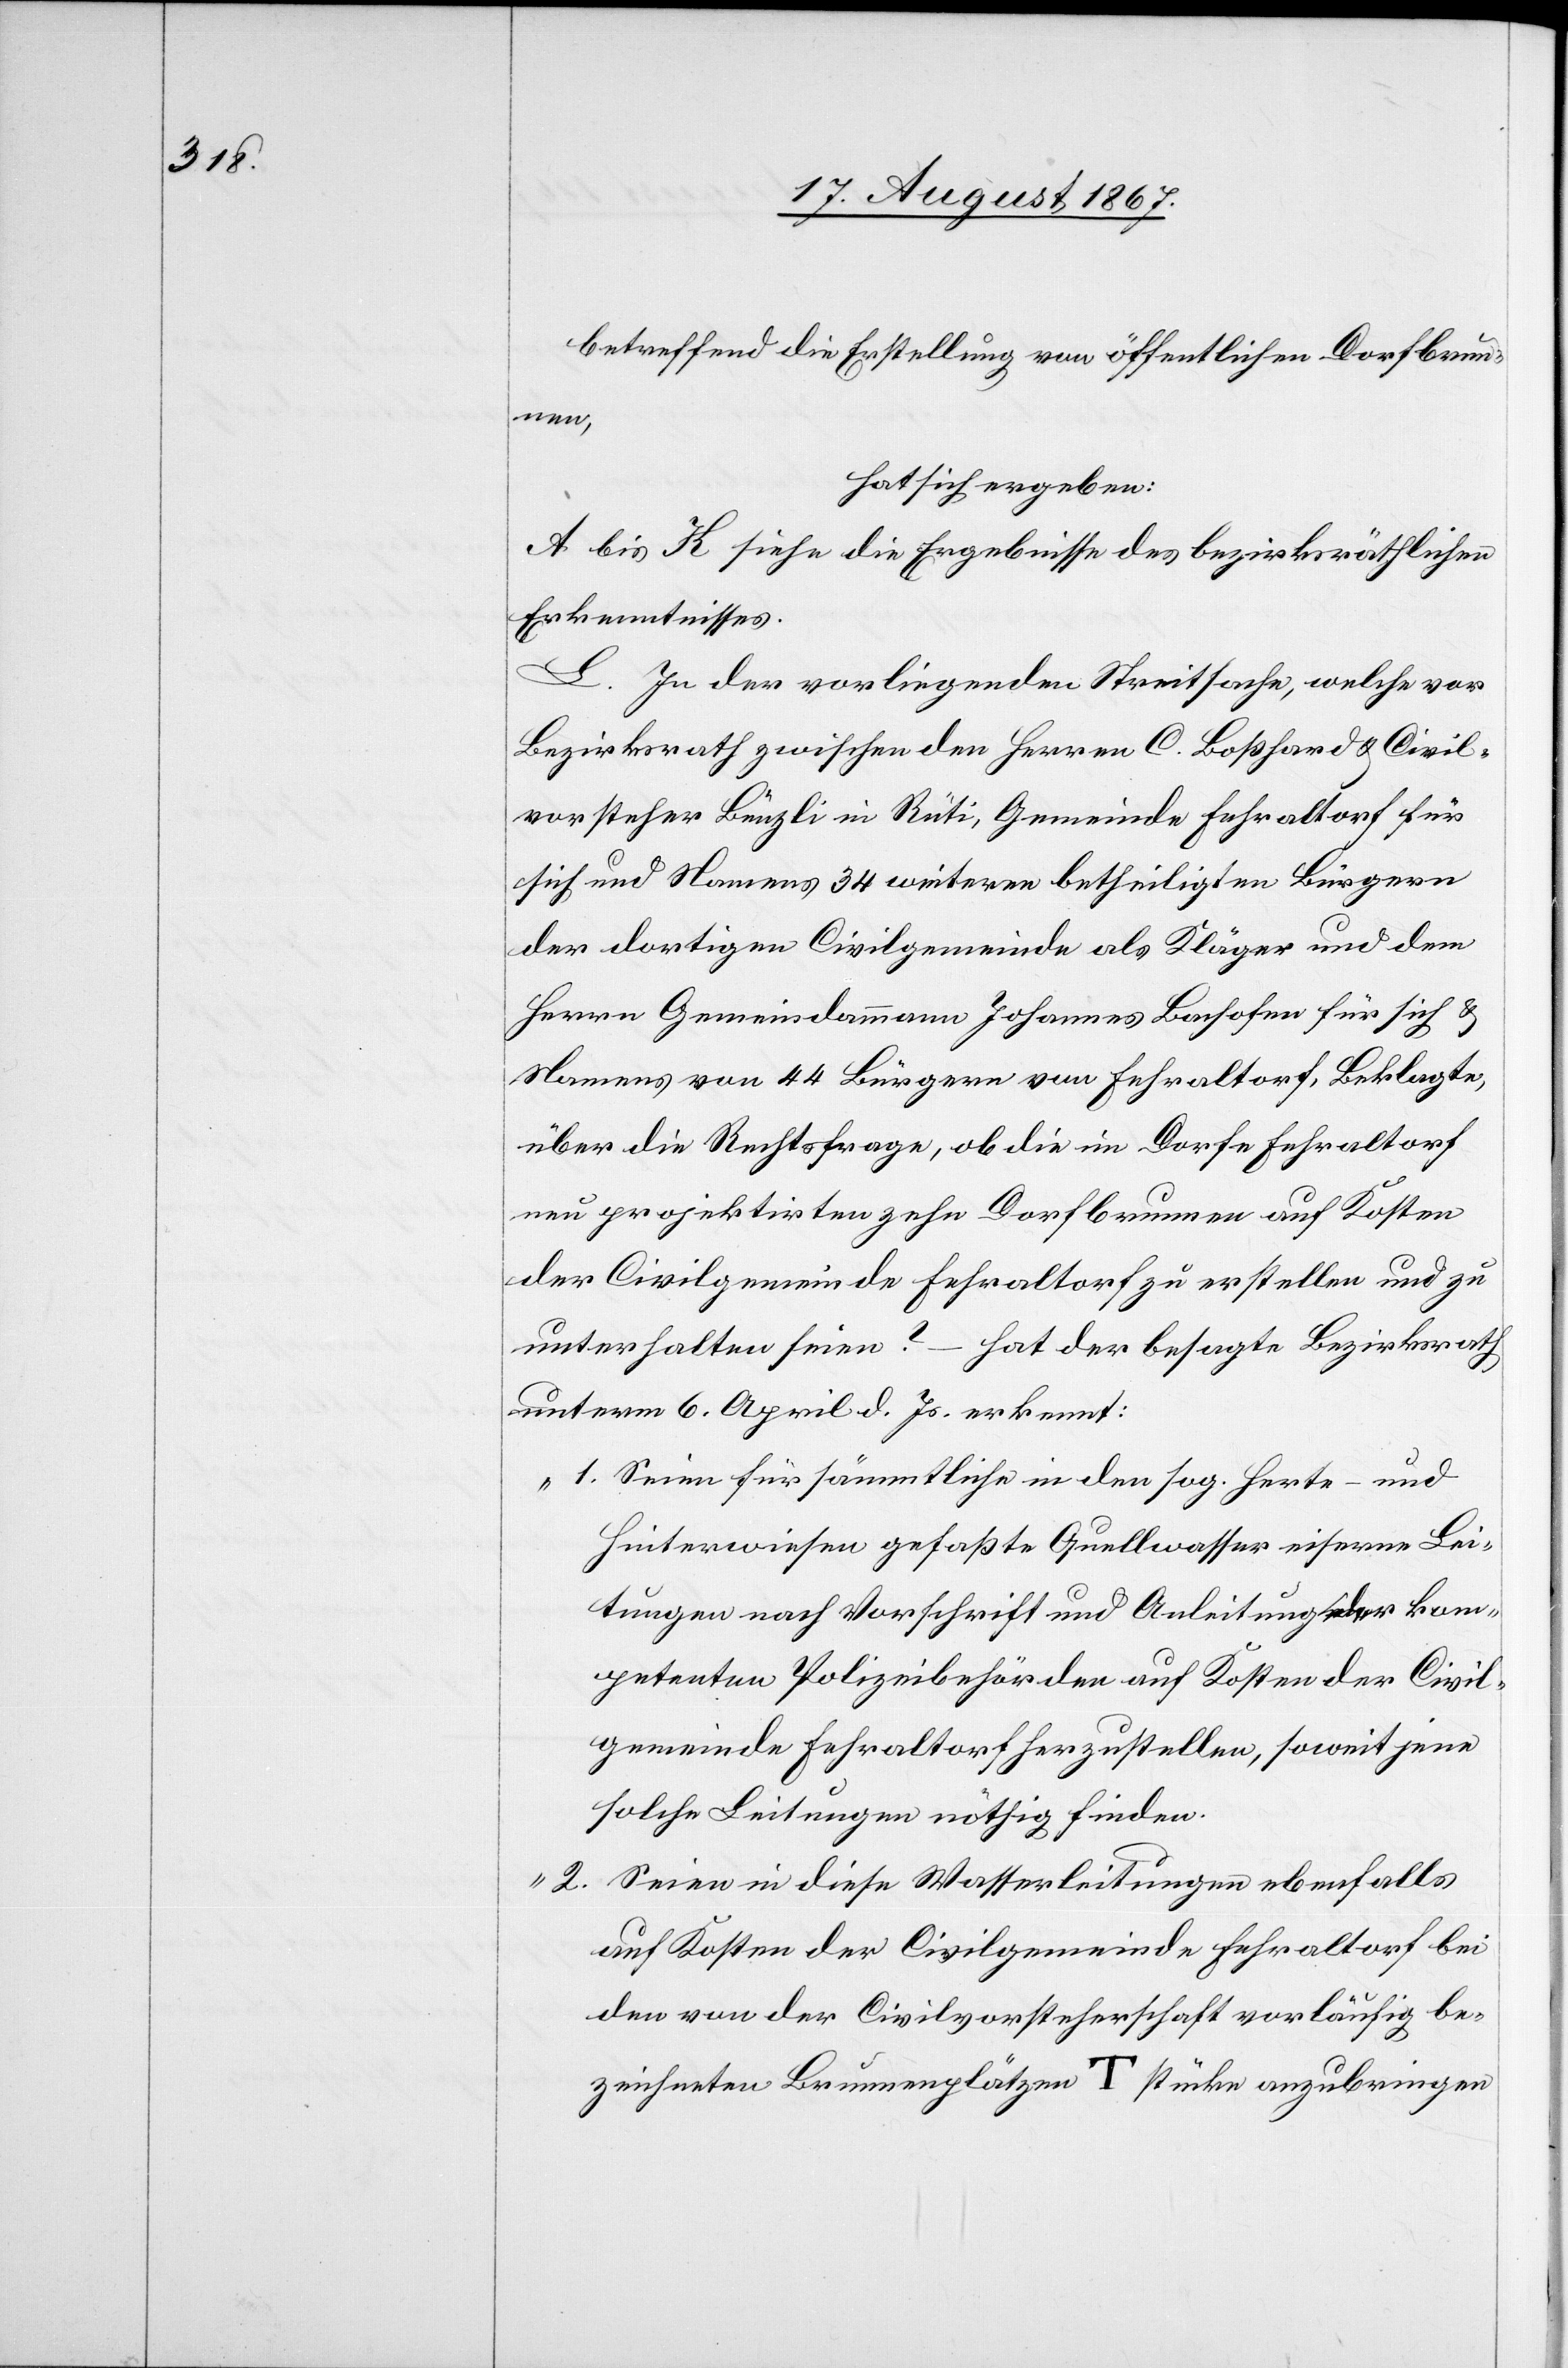
betreffend die Erstellung von öffentlichen Dorfbrun¬
nen,
hat sich ergeben:
A bis K siehe die Ergebnisse des bezirksräthlichen
Erkenntnisses.
L. In der vorliegenden Streitsache, welche vor
Bezirksrath zwischen den Herren C. Boßhard u. Civil¬
vorsteher Bünzli in Rüti, Gemeinde Fehraltorf für
sich und Namens 34 weiteren betheiligten Bürgern
der dortigen Civilgemeinde als Kläger und dem
Herrn Gemeindammann Johannes Bachofer für sich u.
Namens von 44 Bürgern von Fehraltorf, Beklagte,
über die Rechtsfrage, ob die im Dorfe Fehraltorf
neu projektirten Dorfbrunnen auf Kosten
der Civilgemeinde Fehraltorf zu erstellen und zu
unterhalten seien? – hat der besagte Bezirksrath
unterm 6. April d. Js. erkennt:
„1. Seien für sämmtliche in den sog. Herte- und
Hinterwiesen gefaßte Quellwasser eiserne Lei¬
tungen nach Vorschrift und Anleitung der kom¬
petenten Polizeibehörden auf Kosten der Civil¬
gemeinde Fehraltorf herzustellen, soweit jene
solche Leitungen nöthig finden.
2. Seien in die Wasserleitungen ebenfalls
auf Kosten der Civilgemeinde Fehraltorf bei
den von der Civilvorsteherschaft vorläufig be¬
zeichneten Brunnenplätzen Tstücke anzubringen